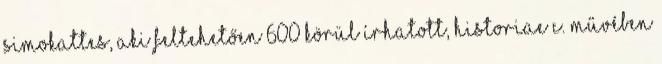
Simokattes, aki feltehetően 600 körül írhatott, Historiae c. művében